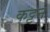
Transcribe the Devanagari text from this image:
कट्टन